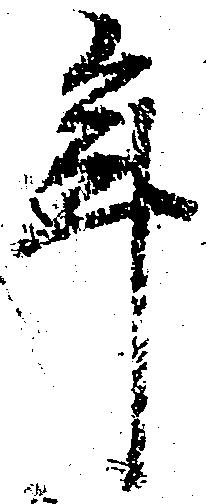
年